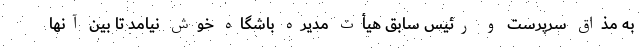
به مذاق سرپرست و رئیس سابق هیأت مدیره باشگاه خوش نیامد تا بین آنها